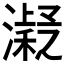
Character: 𱩨